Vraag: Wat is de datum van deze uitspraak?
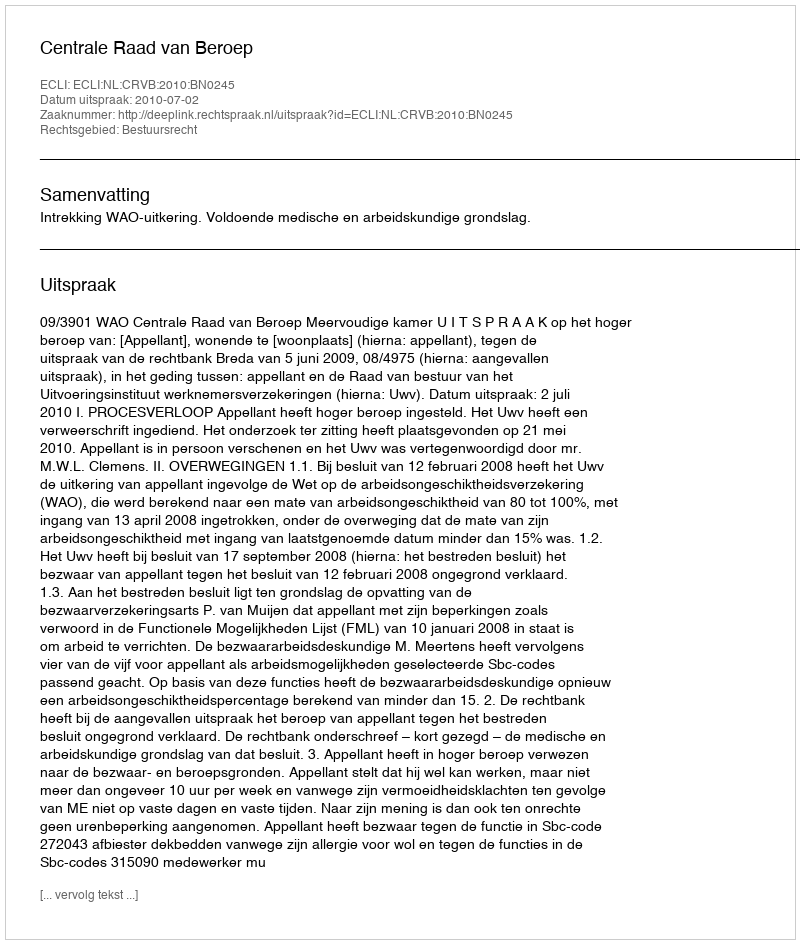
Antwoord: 2010-07-02